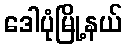
ဒေါပုံမြို့နယ်